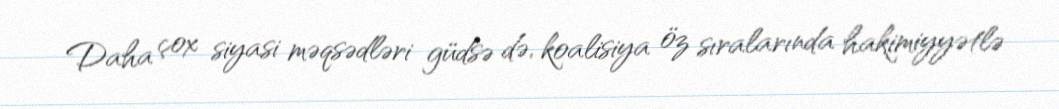
Daha çox siyasi məqsədləri güdsə də, koalisiya öz sıralarında hakimiyyətlə